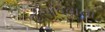
હસાવવાના